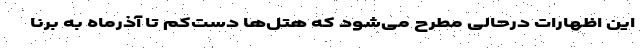
این اظهارات درحالی مطرح می‌شود که هتل‌ها دست‌کم تا آذرماه به برنا